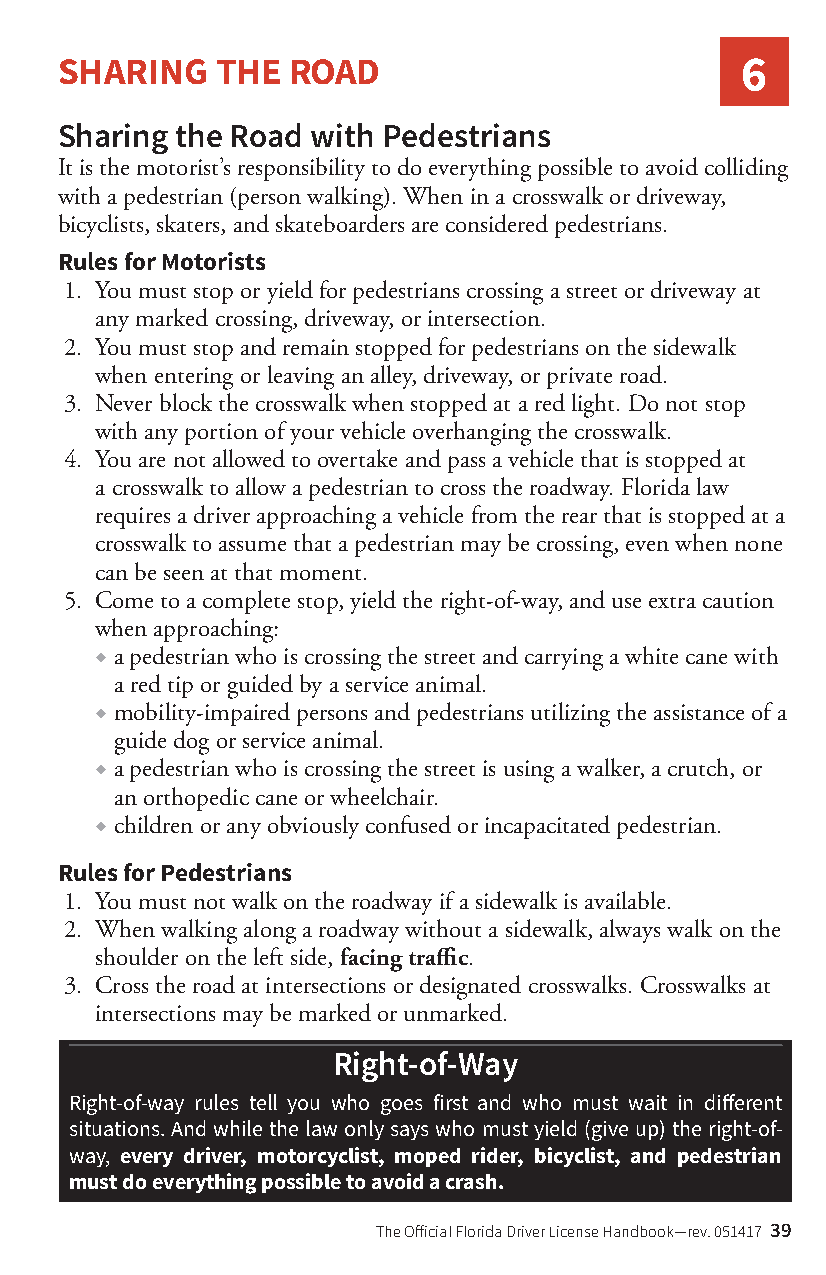
SHARING   THE  ROAD                          6
 Sharing the Road with Pedestrians
 It is the motorist’s responsibility to do everything possible to avoid colliding
 with a pedestrian (person walking). When in a crosswalk or driveway,
 bicyclists, skaters, and skateboarders are considered pedestrians.
 Rules for Motorists
 1. You must stop or yield for pedestrians crossing a street or driveway at
 any marked crossing, driveway, or intersection.
 2. You must stop and remain stopped for pedestrians on the sidewalk
 when entering or leaving an alley, driveway, or private road.
 3. Never block the crosswalk when stopped at a red light. Do not stop
 with any portion of your vehicle overhanging the crosswalk.
 4. You are not allowed to overtake and pass a vehicle that is stopped at
 a crosswalk to allow a pedestrian to cross the roadway. Florida law
 requires a driver approaching a vehicle from the rear that is stopped at a
 crosswalk to assume that a pedestrian may be crossing, even when none
 can be seen at that moment.
 5. Come to a complete stop, yield the right-of-way, and use extra caution
 when approaching:
 ◆ a pedestrian who is crossing the street and carrying a white cane with
 a red tip or guided by a service animal.
 ◆ mobility-impaired persons and pedestrians utilizing the assistance of a
 guide dog or service animal.
 ◆ a pedestrian who is crossing the street is using a walker, a crutch, or
 an orthopedic cane or wheelchair.
 ◆ children or any obviously confused or incapacitated pedestrian.
 Rules for Pedestrians
 1. You must not walk on the roadway if a sidewalk is available.
 2. When walking along a roadway without a sidewalk, always walk on the
 shoulder on the left side, facing traffic.
 3. Cross the road at intersections or designated crosswalks. Crosswalks at
 intersections may be marked or unmarked.
 Right-of-Way
 Right-of-way rules tell you who goes first and who must wait in different
 situations. And while the law only says who must yield (give up) the right-of-
 way, every driver, motorcyclist, moped rider, bicyclist, and pedestrian
 must do everything possible to avoid a crash.
 The Official Florida Driver License Handbook—rev. 051417 39